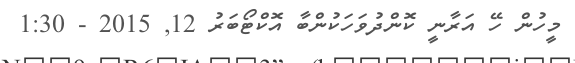
މީހުން ހޭ އަރާނީ ކޮންދުވަހަކުންބާ އޮކްޓޯބަރު 12